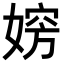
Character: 𡞶